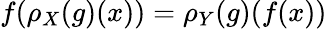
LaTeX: f(\rho_{X}(g)(x))=\rho_{Y}(g)(f(x))